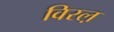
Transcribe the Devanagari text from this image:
विरल़